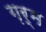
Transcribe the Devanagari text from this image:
ग़र्म